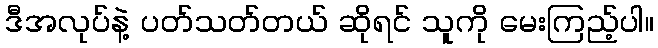
ဒီအလုပ်နဲ့ ပတ်သတ်တယ် ဆိုရင် သူကို မေးကြည့်ပါ။